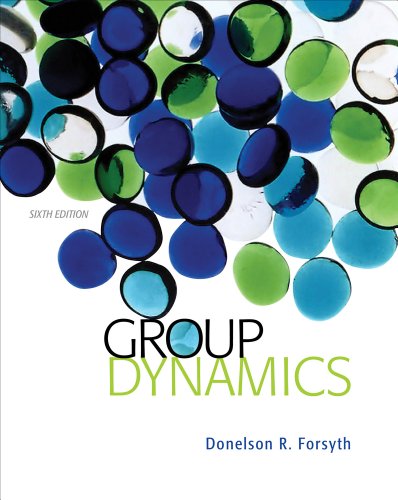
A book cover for Group Dynamics; Donelson R. Forsyth; Health, Fitness & Dieting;